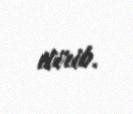
itirib.